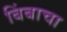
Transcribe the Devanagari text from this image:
बिंबाचा